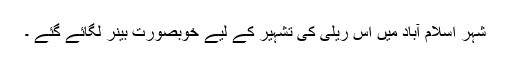
شہر اسلام آباد میں اس ریلی کی تشہیر کے لیے خوبصورت بینر لگائے گئے ۔